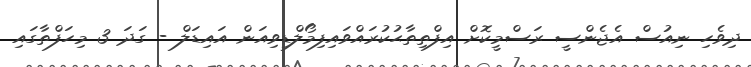
ދިވެހި ނިއުސް އެޖެންސީ ރަސްމީކޮށް އިފްތިތާޙުކުރައްވައިފިމޯލްޑިވިއަން އައިޑަލް - ގަދަ 3 މިހަފްތާގައި